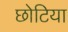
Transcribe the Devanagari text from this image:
छोटिया